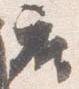
座